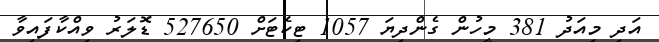
އަދި މިއަދު 381 މީހުން ގެންދިޔަ 1057 ޓިކެޓަށް 527650 ޑޮލަރު ވިއްކާފައިވާ